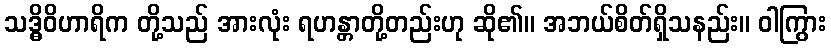
သဒ္ဓိဝိဟာရိက တို့သည် အားလုံး ရဟန္တာတို့တည်းဟု ဆို၏။ အဘယ်စိတ်ရှိသနည်း။ ဝါကြွား